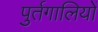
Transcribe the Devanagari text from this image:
पुर्तगालियोें